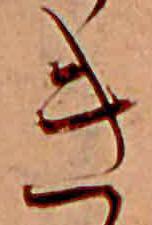
き